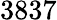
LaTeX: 3837